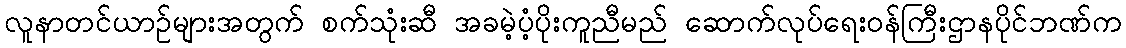
လူနာတင်ယာဉ်များအတွက် စက်သုံးဆီ အခမဲ့ပံ့ပိုးကူညီမည် ဆောက်လုပ်ရေးဝန်ကြီးဌာနပိုင်ဘဏ်က